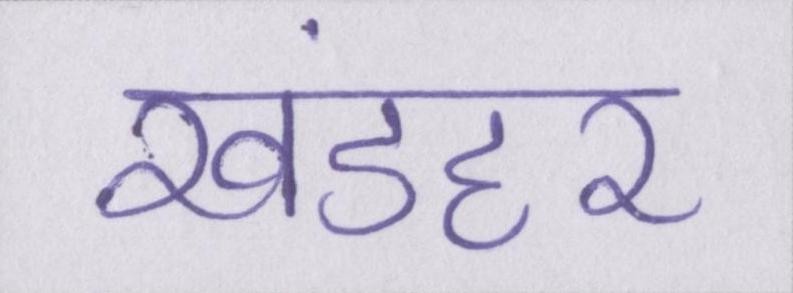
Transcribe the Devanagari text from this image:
खंडहर